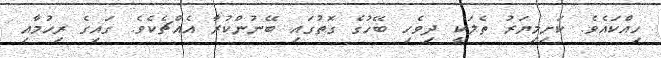
ހިއްކައެވެ. ކަށިމިޔަރު ތެލަކީ ދިވެހި ބޭހުގެ ގޮތުގައި ބޭނުންކުރާ އެއްޗެކެވެ. ގައިގެ ރިހުމާއި